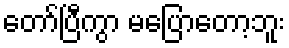
တော်ပြီကွာ မပြောတော့ဘူး